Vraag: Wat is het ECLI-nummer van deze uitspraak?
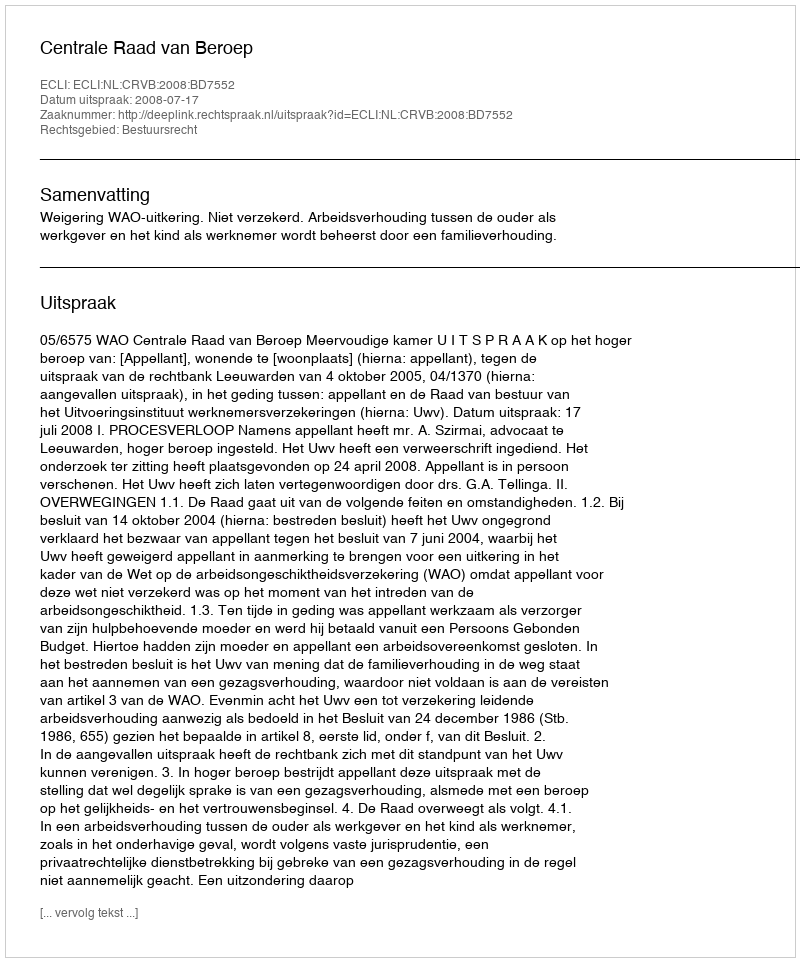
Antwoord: ECLI:NL:CRVB:2008:BD7552